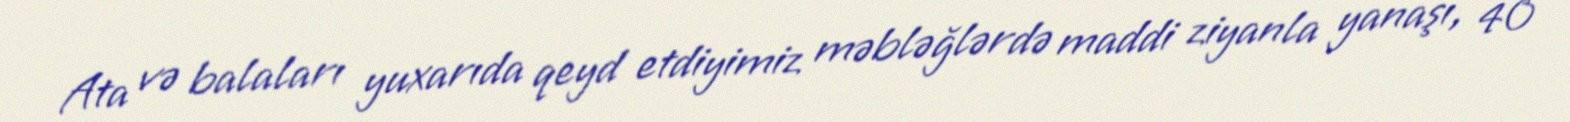
Ata və balaları yuxarıda qeyd etdiyimiz məbləğlərdə maddi ziyanla yanaşı, 40